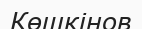
Көшкінов